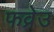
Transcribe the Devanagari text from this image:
फव्रेउ